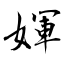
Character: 媈